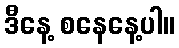
ဒီနေ့ စနေနေ့ပါ။